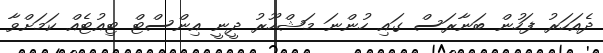
ދެއަހަރު ފަހުން ބަނާރަސް ގައި ހުންނަ މަޝްހޫރު ދީނީ އިންސްޓް ޓިއުޓެއް ކަމަށްވާ